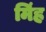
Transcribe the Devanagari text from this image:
मिंह